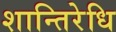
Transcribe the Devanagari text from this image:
शान्तिरेधि